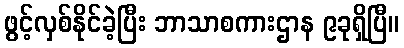
ဖွင့်လှစ်နိုင်ခဲ့ပြီး ဘာသာစကားဌာန ၉ခုရှိပြီ။